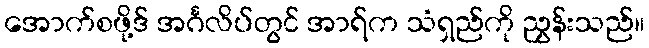
အောက်စဖို့ဒ် အင်္ဂလိပ်တွင် အာရ်က သံရှည်ကို ညွှန်းသည်။